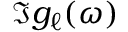
\Im { g _ { \ell } ( \omega ) }